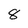
Character: 8